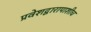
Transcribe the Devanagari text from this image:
प्रवेशद्वारापाशीच